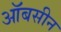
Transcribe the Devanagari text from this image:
ऑबसीन